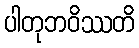
ပါတုဘဝိဿတိ